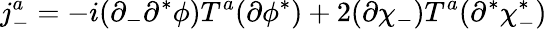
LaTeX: j_{-}^{a}=-i(\partial_{-}\partial^{*}\phi)T^{a}(\partial\phi^{*})+2(\partial\chi_{-})T^{a}(\partial^{*}\chi_{-}^{*})